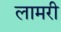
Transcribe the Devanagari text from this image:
लामरी